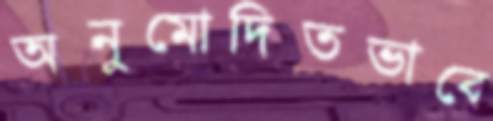
অনুমোদিতভাবে